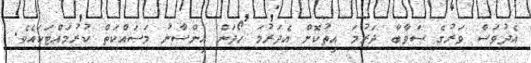
އެދުވަސް ވަރުގެ ސަވާބާ ދަރުމަ އިތުކޮށް އެދަރުމަ ހޯދަން އިންސާނު މަސައްކަތް ކުރުމައްޓަކައެވެ.